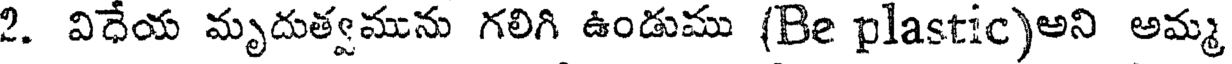
2. విధేయ మృదుత్వమును గలిగి ఉండుము (Be plastic)అని అమ్మ